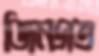
জিনগত